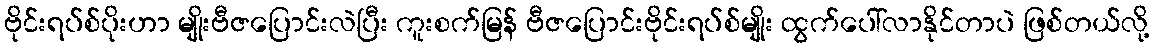
ဗိုင်းရပ်စ်ပိုးဟာ မျိုးဗီဇပြောင်းလဲပြီး ကူးစက်မြန် ဗီဇပြောင်းဗိုင်းရပ်စ်မျိုး ထွက်ပေါ်လာနိုင်တာပဲ ဖြစ်တယ်လို့